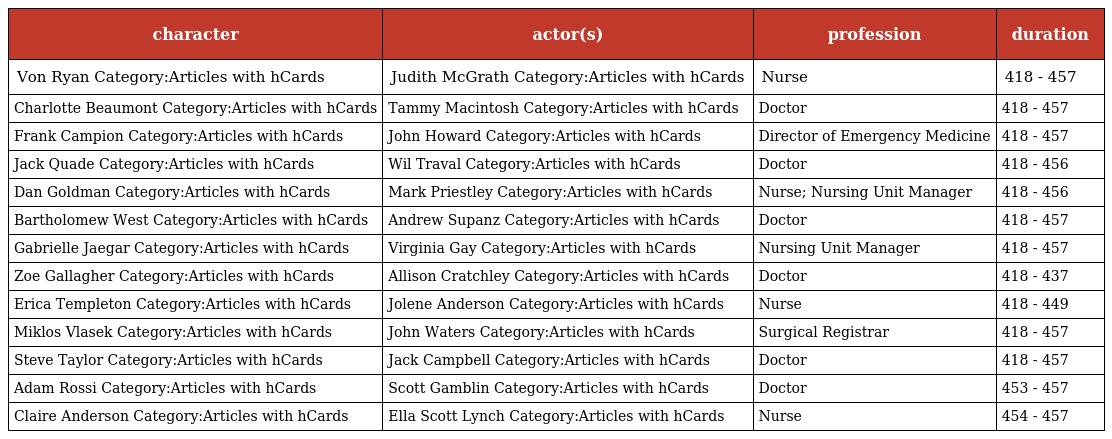
| character | actor(s) | profession | duration |
 | --- | --- | --- | --- |
 | Von Ryan Category:Articles with hCards | Judith McGrath Category:Articles with hCards | Nurse | 418 - 457 |
 | Charlotte Beaumont Category:Articles with hCards | Tammy Macintosh Category:Articles with hCards | Doctor | 418 - 457 |
 | Frank Campion Category:Articles with hCards | John Howard Category:Articles with hCards | Director of Emergency Medicine | 418 - 457 |
 | Jack Quade Category:Articles with hCards | Wil Traval Category:Articles with hCards | Doctor | 418 - 456 |
 | Dan Goldman Category:Articles with hCards | Mark Priestley Category:Articles with hCards | Nurse; Nursing Unit Manager | 418 - 456 |
 | Bartholomew West Category:Articles with hCards | Andrew Supanz Category:Articles with hCards | Doctor | 418 - 457 |
 | Gabrielle Jaegar Category:Articles with hCards | Virginia Gay Category:Articles with hCards | Nursing Unit Manager | 418 - 457 |
 | Zoe Gallagher Category:Articles with hCards | Allison Cratchley Category:Articles with hCards | Doctor | 418 - 437 |
 | Erica Templeton Category:Articles with hCards | Jolene Anderson Category:Articles with hCards | Nurse | 418 - 449 |
 | Miklos Vlasek Category:Articles with hCards | John Waters Category:Articles with hCards | Surgical Registrar | 418 - 457 |
 | Steve Taylor Category:Articles with hCards | Jack Campbell Category:Articles with hCards | Doctor | 418 - 457 |
 | Adam Rossi Category:Articles with hCards | Scott Gamblin Category:Articles with hCards | Doctor | 453 - 457 |
 | Claire Anderson Category:Articles with hCards | Ella Scott Lynch Category:Articles with hCards | Nurse | 454 - 457 |